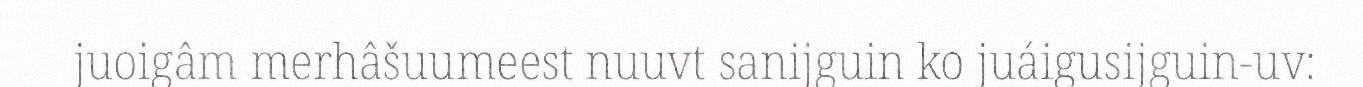
juoigâm merhâšuumeest nuuvt sanijguin ko juáigusijguin-uv: